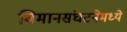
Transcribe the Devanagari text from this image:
विमानसंघटनेमध्ये